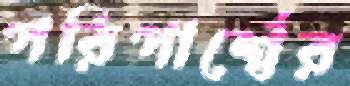
পরিপার্শ্বের